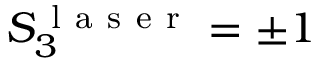
S _ { 3 } ^ { \mathrm { ~ l ~ a ~ s ~ e ~ r ~ } } = \pm 1